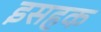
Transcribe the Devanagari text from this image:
इसहक